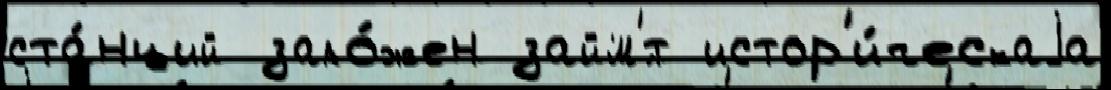
ста́нций зало́жен займ'́т истор'и́ческаjа